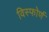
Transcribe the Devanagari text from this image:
विस्फोर्ण